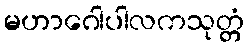
မဟာဂေါပါလကသုတ္တံ